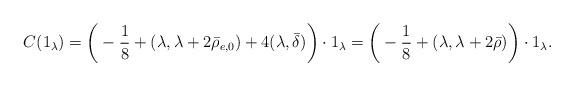
\begin{align*}C(1_{\lambda})=\bigg(-\frac{1}{8}+(\lambda,\lambda+2\bar\rho_{e,0})+4(\lambda,\bar\delta)\bigg)\cdot1_{\lambda}=\bigg(-\frac{1}{8}+(\lambda,\lambda+2\bar\rho)\bigg)\cdot1_{\lambda}.\end{align*}